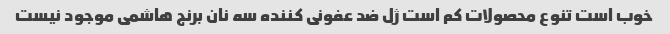
خوب است تنوع محصولات کم است ژل ضد عفونی کننده سه نان برنج هاشمی موجود نیست